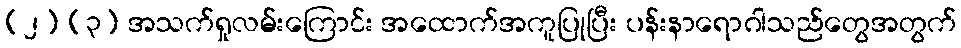
(၂) (၃) အသက်ရှုလမ်းကြောင်း အထောက်အကူပြုပြီး ပန်းနာရောဂါသည်တွေအတွက်